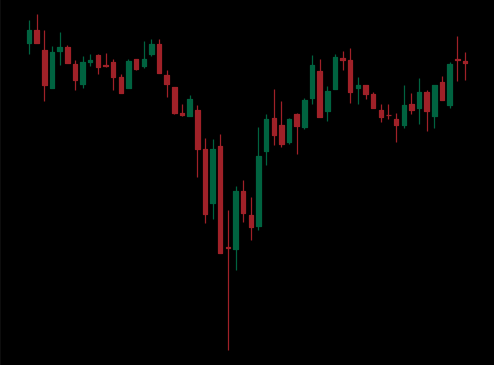
Pattern: inverse_head_shoulders